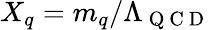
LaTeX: X_{q}=m_{q}/\Lambda_{\mathrm{~Q~C~D~}}